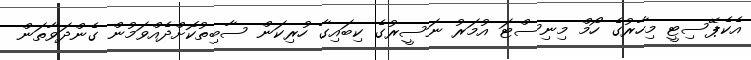
އެކެޕޭސިޓީ މިހާރުގެ ހޯމް މިނިސްޓަ އުމަރު ނަސީރުގެ ކިބައިގާ ހުރިކަން ސާބިތުކޮށްދެއްވަމުން ގެންދަވާތަން